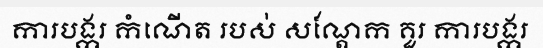
ការបង្ករ កំណើត របស់ សណ្តែក គួរ ការបង្ករ